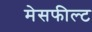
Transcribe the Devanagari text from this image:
मेसफील्ट